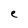
Character: e